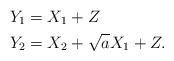
LaTeX: \begin{align*}Y_1 &= X_1 + Z \\Y_2 &= X_2+ \sqrt{a} X_1 + Z. \end{align*}